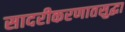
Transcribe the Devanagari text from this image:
सादरीकरणातसुद्धा